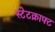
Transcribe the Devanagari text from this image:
स्टेटक्राफ्ट